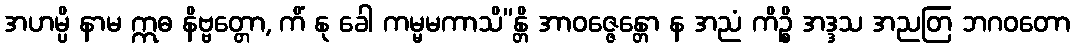
အဟမ္ပိ နာမ ဣဓ နိဗ္ဗတ္တော, ကိံ နု ခေါ ကမ္မမကာသိ”န္တိ အာဝဇ္ဇေန္တော န အညံ ကိဉ္စိ အဒ္ဒသ အညတြ ဘဂဝတော